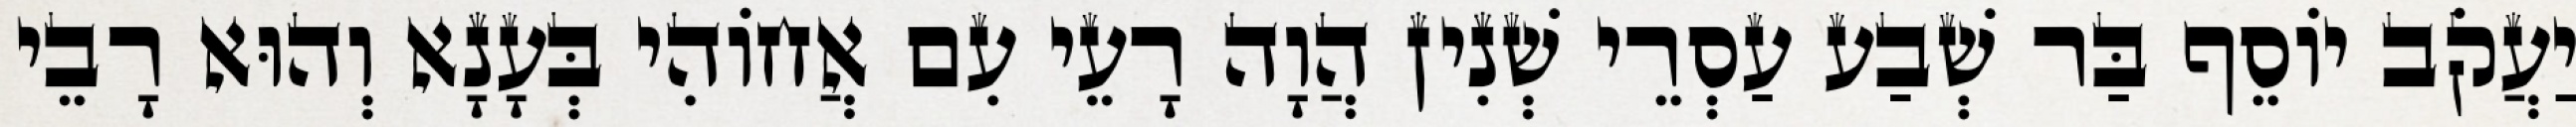
יַעֲקֹב יוֹסֵף בַּר שְׁבַע עַסְרֵי שְׁנִין הֲוָה רָעֵי עִם אֲחוֹהִי בְּעָנָא וְהוּא רָבֵי